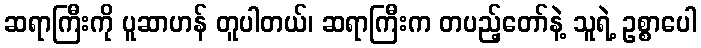
ဆရာကြီးကို ပူဆာဟန် တူပါတယ်၊ ဆရာကြီးက တပည့်တော်နဲ့ သူရဲ့ ဥစ္စာပေါ